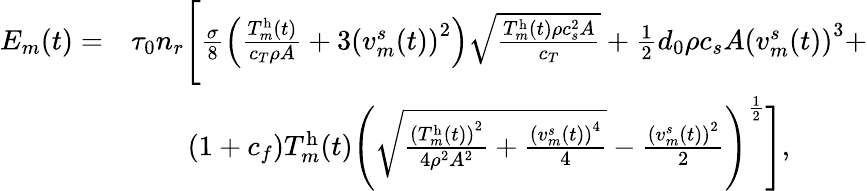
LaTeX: \begin{array}{rl}{E_{m}(t)=}&{\tau_{0}n_{r}\Bigg[\frac{\sigma}{8}\left(\frac{T_{m}^{\textrm{h}}(t)}{c_{T}\rho A}+3\left(v_{m}^{s}(t)\right)^{2}\right)\sqrt{\frac{T_{m}^{\textrm{h}}(t)\rho c_{s}^{2}A}{c_{T}}}+\frac{1}{2}d_{0}\rho c_{s}A\left(v_{m}^{s}(t)\right)^{3}+}\\ &{\qquad(1+c_{f})T_{m}^{\textrm{h}}(t)\left(\sqrt{\frac{\left(T_{m}^{\textrm{h}}(t)\right)^{2}}{4\rho^{2}A^{2}}+\frac{\left(v_{m}^{s}(t)\right)^{4}}{4}}-\frac{\left(v_{m}^{s}(t)\right)^{2}}{2}\right)^{\frac{1}{2}}\Bigg],}\end{array}